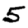
Digit: 5